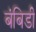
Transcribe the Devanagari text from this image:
बंबिडी